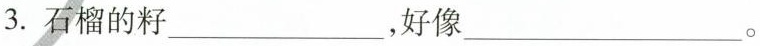
3.石榴的籽___，好像___。